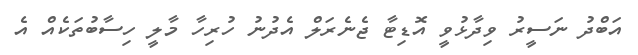
އަބްދު ނަސީރު ވިދާޅުވީ އޮޑިޓާ ޖެނެރަލް އެދުނު ހުރިހާ މާލީ ހިސާބުތަކެއް އެ